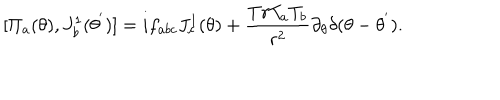
[ { \Pi } _ { a } ( \theta ) , J _ { b } ^ { 1 } ( { \theta } ^ { ' } ) ] = i f _ { a b c } J _ { c } ^ { 1 } ( \theta ) + \frac { T r T _ { a } T _ { b } } { r ^ { 2 } } { \partial } _ { \theta } { \delta } ( \theta - { \theta } ^ { ' } ) .